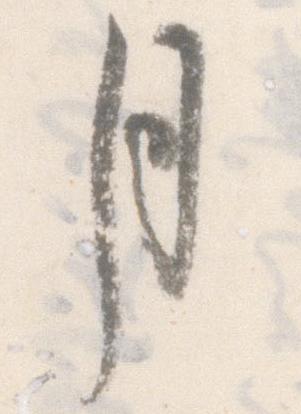
月